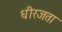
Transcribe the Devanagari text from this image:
धीरजता